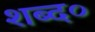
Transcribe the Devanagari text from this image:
शब्द०